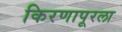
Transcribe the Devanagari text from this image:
किरणापूरला